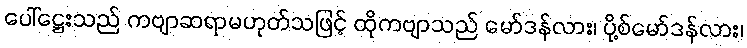
ပေါ်ဋ္ဌေးသည် ကဗျာဆရာမဟုတ်သဖြင့် ထိုကဗျာသည် မော်ဒန်လား၊ ပို့စ်မော်ဒန်လား၊